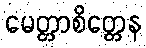
မေတ္တာစိတ္တေန